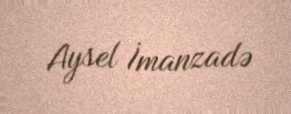
Aysel İmanzadə